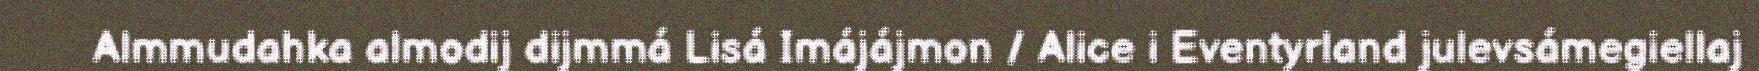
Almmudahka almodij dijmmá Lisá Imájájmon / Alice i Eventyrland julevsámegiellaj